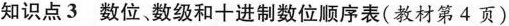
知识点3数位数级和十进制数位顺序表(教材第4页)